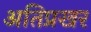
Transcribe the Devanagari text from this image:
अतिप्रखर